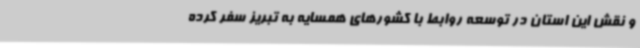
و نقش این استان در توسعه روابط با کشورهای همسایه به تبریز سفر کرده